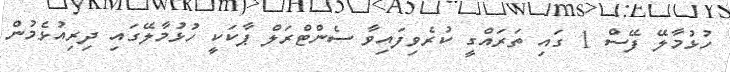
ހުޅުމާލޭ ފޭސް 1 ގައި ތަރައްގީ ކުރެވިފައިވާ ސެންޓްރަލް ޕާކަކީ ހުޅުމާލޭގައި ދިރިއުޅެމުން